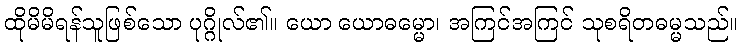
ထိုမိမိရန်သူဖြစ်သော ပုဂ္ဂိုလ်၏။ ယော ယောဓမ္မော၊ အကြင်အကြင် သုစရိတဓမ္မသည်။